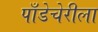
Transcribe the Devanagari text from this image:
पाँडेचेरीला